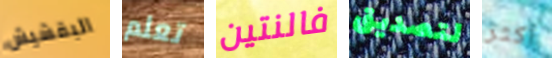
البقشيش تعلم فالنتين لتصديق أكثر